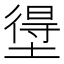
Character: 𭏢